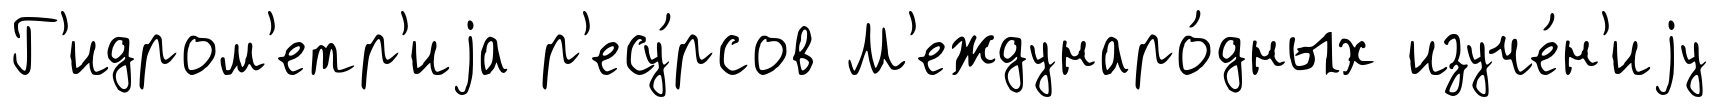
Г'идром'етр'иjа р'есу́рсов М'еждунаро́дных изуче́н'иjу